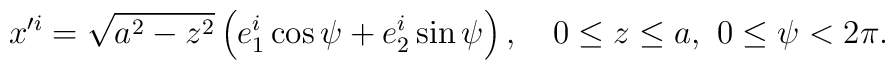
x^{\prime i} = \sqrt{a^2 - z^2 } \left( e_1^i\cos\psi + e_2^i \sin\psi \right),~~~  0 \leq z \leq  a,~0\leq\psi < 2\pi.